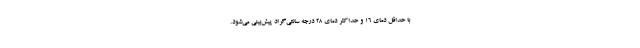
با حداقل دمای ۱۶ و حداکثر دمای ۲۸ درجه سانتی‌گراد پیش‌بینی می‌شود.